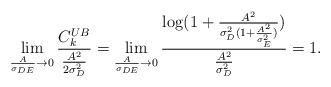
LaTeX: \begin{align*}\lim_{\frac{A}{\sigma_{DE}} \to 0} \frac{C_k^{UB}}{\frac{A^2}{2 \sigma_D^2}}=\lim_{\frac{A}{\sigma_{DE}} \to 0} \frac{\log(1+ \frac{A^2}{\sigma_D^2 (1+\frac{A^2}{\sigma_E^2})}) }{\frac{A^2}{ \sigma_D^2}}=1.\end{align*}